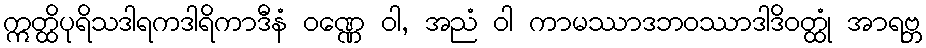
ဣတ္ထိပုရိသဒါရကဒါရိကာဒီနံ ဝဏ္ဏေ ဝါ, အညံ ဝါ ကာမဿာဒဘဝဿာဒါဒိဝတ္ထုံ အာရဗ္ဘ